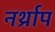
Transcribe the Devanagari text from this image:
नर्थ्राप